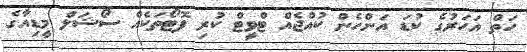
ހަތް އަހަރުގެ ކުޑަ އަންހެން ކުއްޖެއް ޓްވީޓް ކުރި ފޮޓޯތަކެއް ސޯޝަލް މީޑިއާގެ